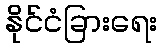
နိုင်ငံခြားရေး